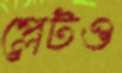
প্লেটও